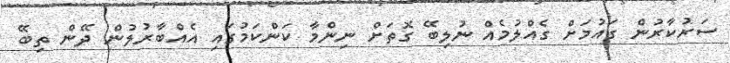
ސަރުކާރުން ގައުމަށް ގެއްލުމެއް ނުލިބޭ ގޮތަށް ނިންމާ ކަންކަމުގައި އެއްބާރުލުން ދޭން ތިބޭ